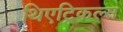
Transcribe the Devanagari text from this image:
थिएट्रिकल्स